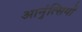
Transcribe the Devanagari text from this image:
आनुंत्सियों